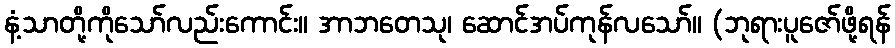
နံ့သာတို့ကိုသော်လည်းကောင်း။ အာဘတေသု၊ ဆောင်အပ်ကုန်လသော်။ (ဘုရားပူဇော်ဖို့ရန်